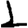
Digit: 1